Report of the Bombay Veterinary College
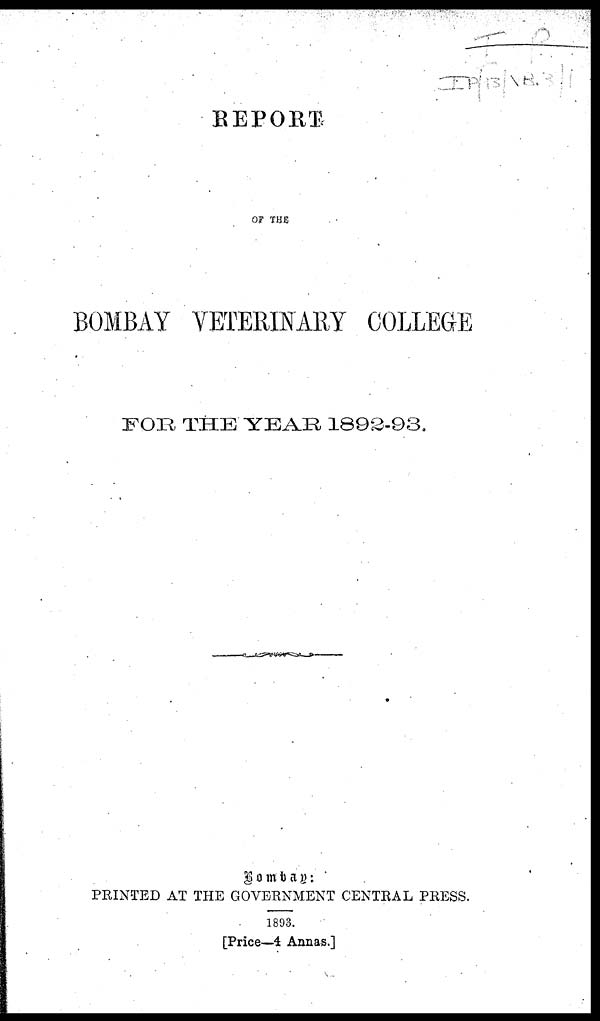
REPORT
OF THE
BOMBAY VETERINARY COLLEGE
FOR THE YEAR 1892-93.
Bombay:
PRINTED AT THE GOVERNMENT CENTRAL PRESS.
1893.
[Price—4 Annas.]